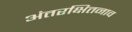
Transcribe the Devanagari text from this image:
अंतरक्षितनाव